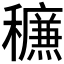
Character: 𰨿